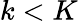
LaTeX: k<K